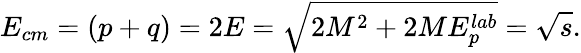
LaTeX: E_{cm}=(p+q)=2E=\sqrt{2M^{2}+2ME_{p}^{lab}}=\sqrt{s}.